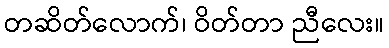
တဆိတ်လောက်၊ ဝိတ်တာ ညီလေး။